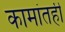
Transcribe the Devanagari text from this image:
कामांतही